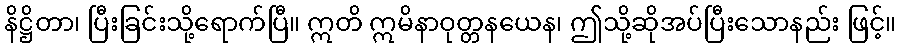
နိဋ္ဌိတာ၊ ပြီးခြင်းသို့ရောက်ပြီ။ ဣတိ ဣမိနာဝုတ္တနယေန၊ ဤသို့ဆိုအပ်ပြီးသောနည်း ဖြင့်။